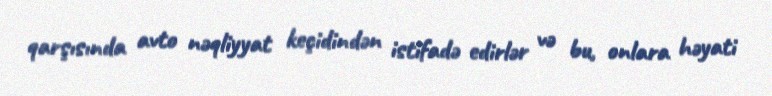
qarşısında avto nəqliyyat keçidindən istifadə edirlər və bu, onlara həyati